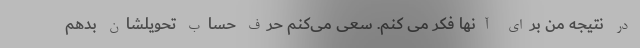
در نتیجه من برای آنها فکر می کنم. سعی می‌کنم حرف حساب تحویلشان بدهم